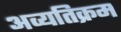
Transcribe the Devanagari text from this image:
अव्यतिक्रम